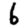
Digit: 6